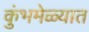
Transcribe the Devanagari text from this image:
कुंभमेळ्यात